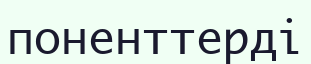
поненттерді